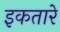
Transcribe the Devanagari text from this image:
इकतारे